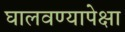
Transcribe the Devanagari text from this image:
घालवण्यापेक्षा